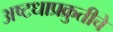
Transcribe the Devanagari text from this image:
अष्टधाप्रक्रुतीचे